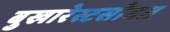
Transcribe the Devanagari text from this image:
बुखारेस्टसोबत